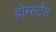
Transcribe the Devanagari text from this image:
होम्सटेड